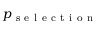
p _ { \mathrm { ~ s ~ e ~ l ~ e ~ c ~ t ~ i ~ o ~ n ~ } }